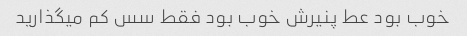
خوب بود عط پنیرش خوب بود فقط سس کم میگذارید